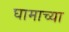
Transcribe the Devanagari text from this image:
घामाच्या